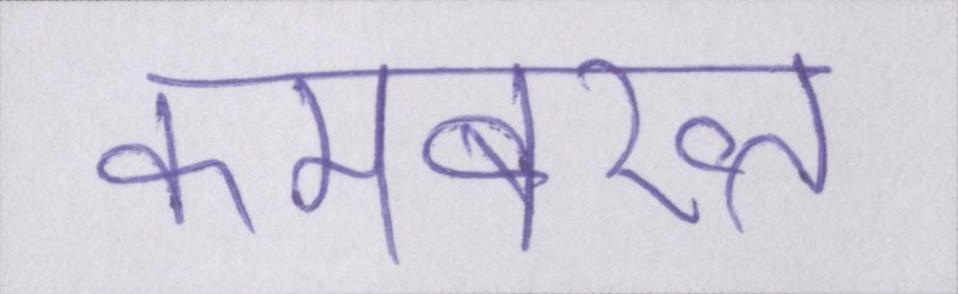
कमबख्त